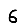
Digit: 6